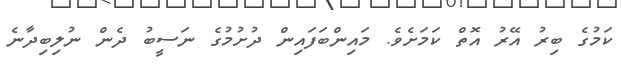
ކަމުގެ ބިރު އޭރު އޮތް ކަމަށެވެ. މައިންބަފައިން ދުށުމުގެ ނަސީބު ދެން ނުލިބިދާނެ